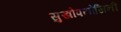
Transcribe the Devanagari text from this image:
सुखोपयोजिनी